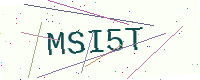
Text: MSI5T